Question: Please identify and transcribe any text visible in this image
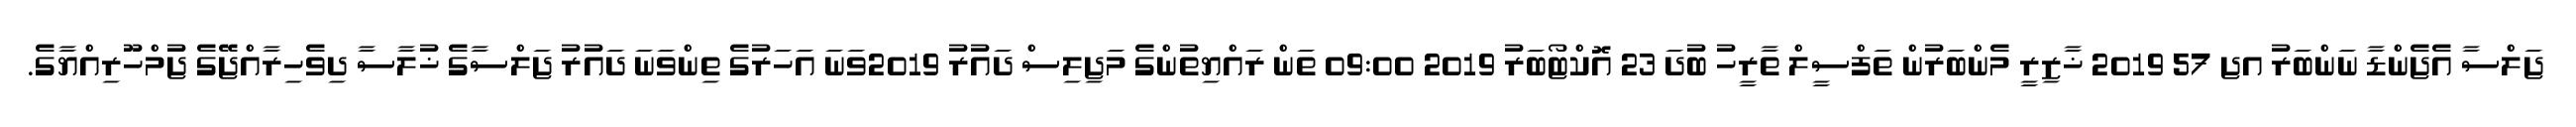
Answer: ޖަލްސާ އެޖެންޑާ ނަންބަރު އޖ 57 2019 ޚާޒިރީ މެންބަރުން ތަފްސީލް ތާރީހު ބުދަ 23 އޮކްޓޯބަރު 2019 09:00 ތަން ރައްޔިތުންގެ މަޖިލިސް ދައުރު 2019ވަނަ އަހަރުގެ ތިންވަނަ ދައުރު ޖަލްސާގެ ޚުލާސާ ދިވެހިރާއްޖޭގެ ޖުމްހޫރިއްޔާގެ.